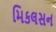
મિકલસન